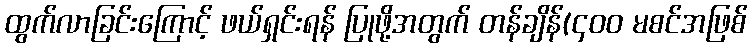
ထွက်လာခြင်းကြောင့် ဖယ်ရှင်းရန် ပြုဖို့အတွက် တန်ချိန်(၄၀၀ မစင်အဖြစ်